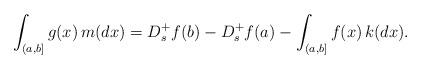
LaTeX: \begin{align*} \int_{(a,b]}g(x) \, m(dx) = D_{s}^+ f(b) - D_{s}^+ f(a) - \int_{(a,b]}f(x) \, k(dx). \end{align*}